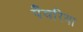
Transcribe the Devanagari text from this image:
पँवरिया